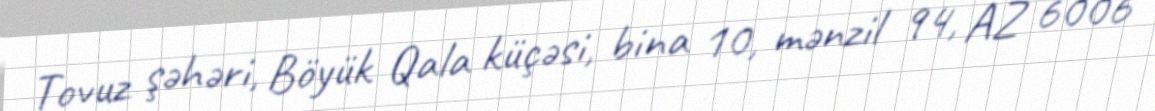
Tovuz şəhəri, Böyük Qala küçəsi, bina 10, mənzil 94, AZ 6006